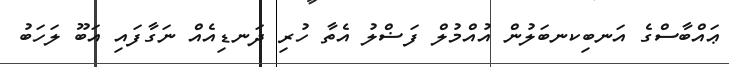
ޢައްބާސްގެ އަނބިކނބަލުން އުއްމުލް ފަޟްލު އެތާ ހުރި ދަނޑިއެއް ނަގާފައި އަބޫ ލަހަބު